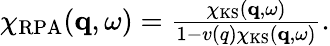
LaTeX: \begin{array}{r}{\chi_{\mathrm{RPA}}(\mathbf{q},\omega)=\frac{\chi_{\mathrm{KS}}(\mathbf{q},\omega)}{1-v(q)\chi_{\mathrm{KS}}(\mathbf{q},\omega)}.}\end{array}